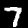
Label: 7